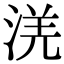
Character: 㳾